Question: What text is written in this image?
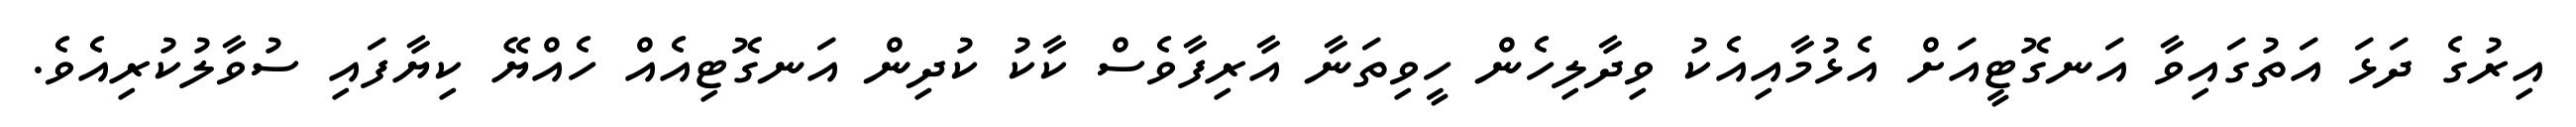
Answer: އިރުގެ ދަޅަ އަތުގައިވާ އަނގޮޓީއަށް އެޅުމާއިއެކު ވިދާލިހެން ހީވިތަނާ އާރިފާވެސް ކާކު ކުދިން އަނގޮޓިއެއް ހެއްޔޭ ކިޔާފައި ސުވާލުކުރިއެވެ.